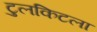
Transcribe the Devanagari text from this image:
टुलकिटला